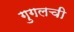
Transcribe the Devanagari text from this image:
गुगलची